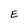
Character: E